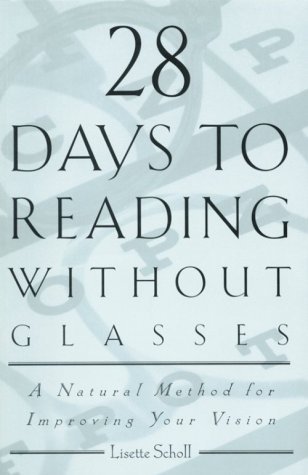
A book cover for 28 Days to Reading Without Glasses: A Natural Method for Improving Your Vision; Lisette Scholl; Medical Books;